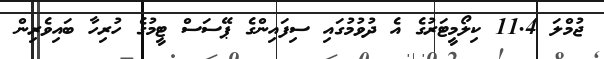
ޖުމްލަ 11.4 ކިލޯމީޓަރުގެ އެ ދުވުމުގައި ސިފައިންގެ ޕޭސަސް ޓީމުގެ ހުރިހާ ބައިވެރިން